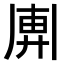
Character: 𢍖